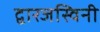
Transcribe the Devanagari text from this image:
द्वारजस्विनी